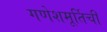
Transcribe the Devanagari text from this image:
गणेशमूर्तिची